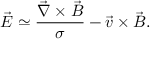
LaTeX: \vec { E } \simeq \frac { \vec { \nabla } \times \vec { B } } { \sigma } - \vec { v } \times \vec { B } .